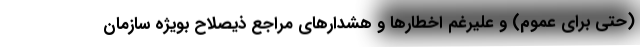
(حتی برای عموم) و علیرغم اخطارها و هشدارهای مراجع ذیصلاح بویژه سازمان